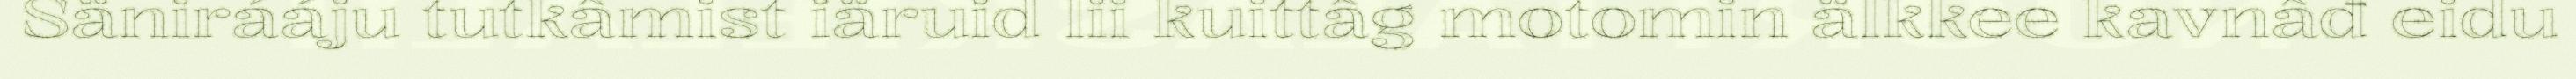
Sänirááju tutkâmist iäruid lii kuittâg motomin älkkee kavnâđ eidu